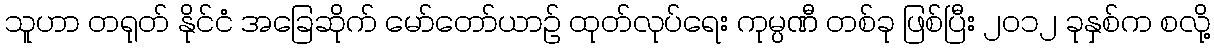
သူဟာ တရုတ် နိုင်ငံ အခြေဆိုက် မော်တော်ယာဉ် ထုတ်လုပ်ရေး ကုမ္ပဏီ တစ်ခု ဖြစ်ပြီး ၂၀၁၂ ခုနှစ်က စလို့